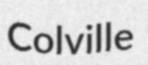
Colville